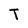
Character: T